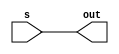
module c_r(
	input s,
	output out);
	
	or or1(out , s , 0);
	
endmodule